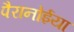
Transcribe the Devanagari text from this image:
पैरानोईया